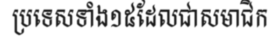
ប្រទេសទាំង១៥ដែលជាសមាជិក